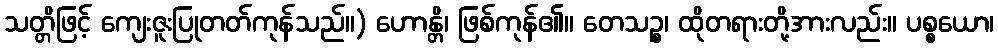
သတ္တိဖြင့် ကျေးဇူးပြုတတ်ကုန်သည်။) ဟောန္တိ၊ ဖြစ်ကုန်၏။ တေသဉ္စ၊ ထိုတရားတို့အားလည်း။ ပစ္စယော၊